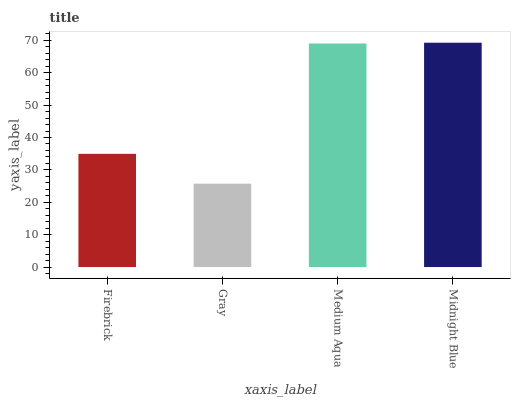
| xaxis_label | bars |
 | --- | --- |
 | Firebrick | 35 |
 | Gray | 25.7 |
 | Medium Aqua | 69 |
 | Midnight Blue | 69.3 |